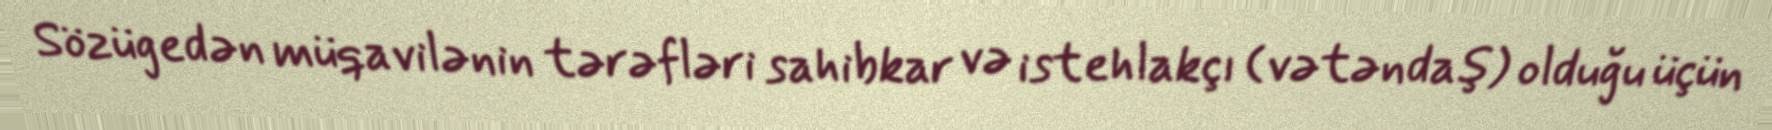
Sözügedən müqavilənin tərəfləri sahibkar və istehlakçı (vətəndaş) olduğu üçün